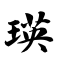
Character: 瑛